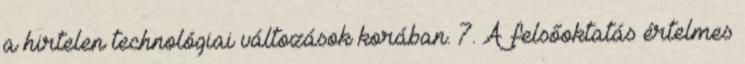
a hirtelen technológiai változások korában. 7. A felsőoktatás értelmes